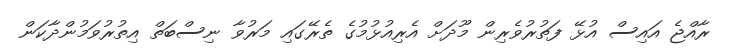
ރާއްޖެ އައިސް އުޅޭ ފަތުރުވެރިން މޫދަށް އެރިއުޅުމުގެ ތެރޭގައި މަރުވާ ނިސްބަތް އިތުރުވަމުންދާކަން